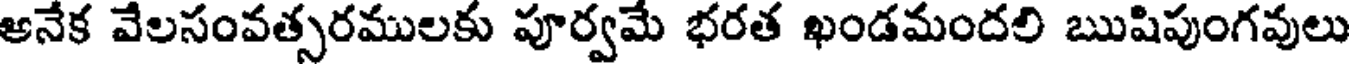
అనేక వేలసంవత్సరములకు పూర్వమే భరత ఖండమందలి ఋషిపుంగవులు